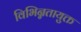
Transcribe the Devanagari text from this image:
विभिन्नतायुक्त